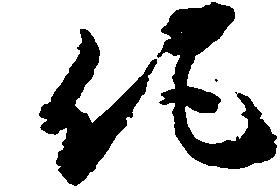
他